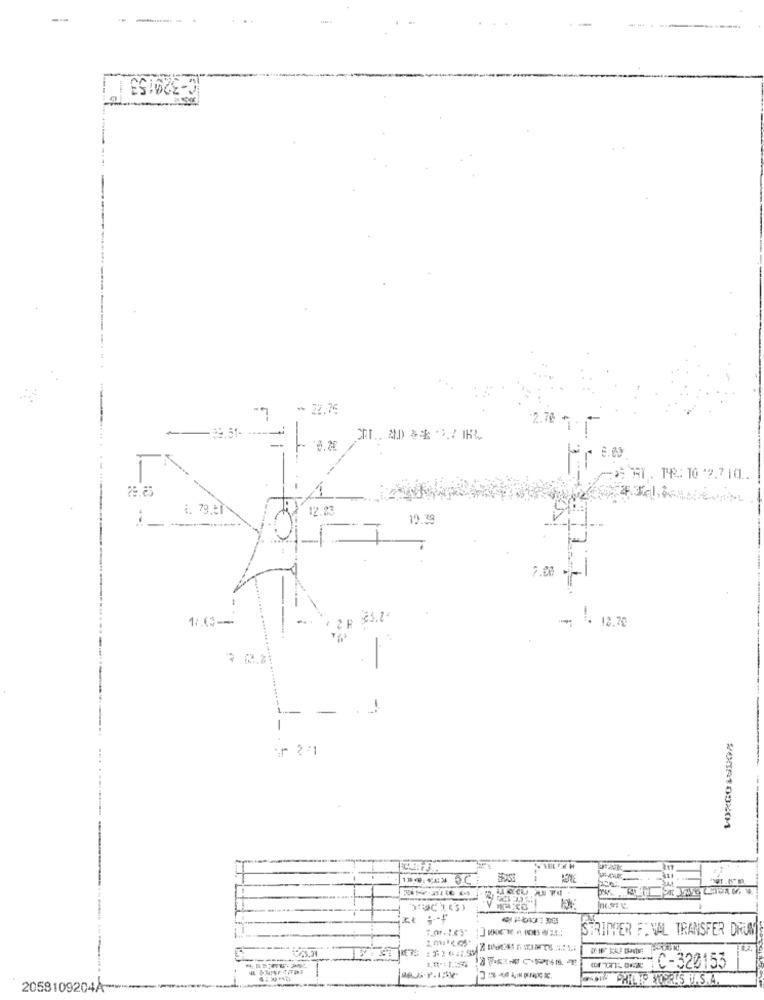
-
:- 320153 | |
- 22.76
:2.7
-
29.25
1. 79.51
12.23
19.39
7.30 -
325.2.
1. 12.70
-
-
--
3C
--
STRIDER FINAL TRANSFER DRUM
MMC-320153
CHILIS NOPRIS U.S.A.
2058109204A